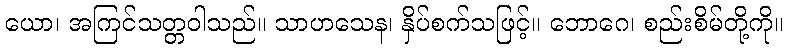
ယော၊ အကြင်သတ္တဝါသည်။ သာဟသေန၊ နှိပ်စက်သဖြင့်။ ဘောဂေ၊ စည်းစိမ်တို့ကို။